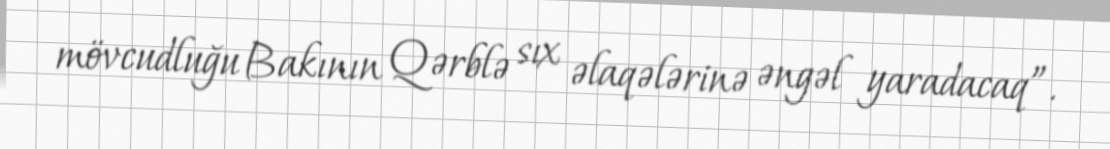
mövcudluğu Bakının Qərblə sıx əlaqələrinə əngəl yaradacaq”.